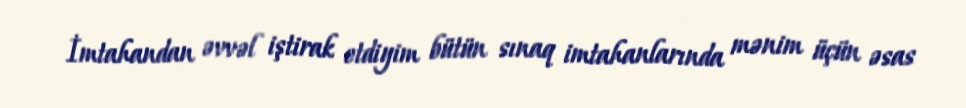
İmtahandan əvvəl iştirak etdiyim bütün sınaq imtahanlarında mənim üçün əsas